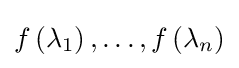
f\left(\lambda _{1}\right),\dots ,f\left(\lambda _{n}\right)